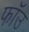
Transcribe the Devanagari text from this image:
फॉउ